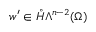
w ^ { \prime } \in \mathring { H } \Lambda ^ { n - 2 } ( \Omega )